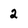
Character: 2